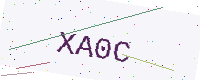
Text: XA0C